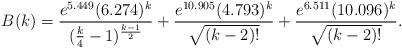
LaTeX: \begin{align*}B(k) &= \frac{e^{5.449}(6.274)^k}{(\frac{k}{4}-1)^{\frac{k-1}{2}}} + \frac{e^{10.905}(4.793)^k}{\sqrt{(k-2)!}} + \frac{e^{6.511}(10.096)^k}{\sqrt{(k-2)!}}.\end{align*}